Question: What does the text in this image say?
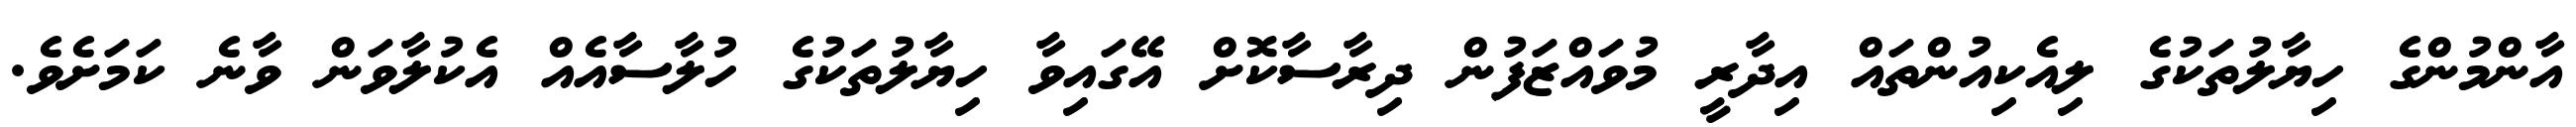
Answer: އާންމުންގެ ހިޔާލުތަކުގެ ލިއެކިއުންތައް އިދާރީ މުވައްޒަފުން ދިރާސާކޮށް އޭގައިވާ ހިޔާލުތަކުގެ ހުލާސާއެއް އެކުލާވަން ވާނެ ކަމަށެވެ.